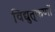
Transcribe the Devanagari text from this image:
विद्युत्‌कणों